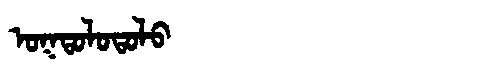
Manchu: ᠣᡴᡨᠣᠯᠣᡨᠣᠯᠣ
Romanization: OKTOLOTOLO